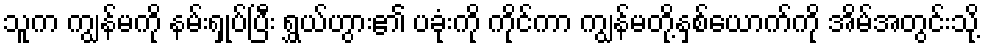
သူက ကျွန်မကို နမ်းရှုပ်ပြီး ရွှယ်ဟွား၏ ပခုံးကို ကိုင်ကာ ကျွန်မတို့နှစ်ယောက်ကို အိမ်အတွင်းသို့